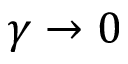
\gamma \rightarrow 0